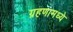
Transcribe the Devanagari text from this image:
ग्रहणामध्ये